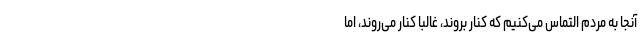
آنجا به مردم التماس می‌کنیم که کنار بروند، غالبا کنار می‌روند، اما